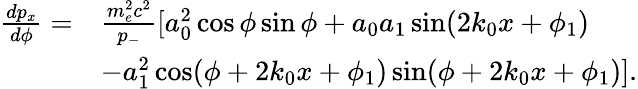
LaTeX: \begin{array}{rl}{\frac{dp_{x}}{d\phi}=}&{\frac{m_{e}^{2}c^{2}}{p_{-}}[a_{0}^{2}\cos\phi\sin\phi+a_{0}a_{1}\sin(2k_{0}x+\phi_{1})}\\ &{-a_{1}^{2}\cos(\phi+2k_{0}x+\phi_{1})\sin(\phi+2k_{0}x+\phi_{1})].}\end{array}